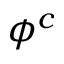
\phi ^ { c }